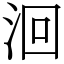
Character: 洄